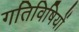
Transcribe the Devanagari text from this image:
गतिविषियों